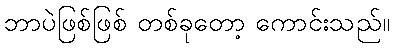
ဘာပဲဖြစ်ဖြစ် တစ်ခုတော့ ကောင်းသည်။